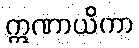
ဣဏာယိကာ